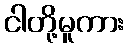
ငါတို့မူကား